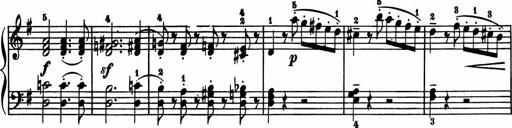
Title: 11 Sonatinas for Piano Solo
Composer: Anton Diabelli